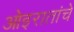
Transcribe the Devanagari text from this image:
ओइरातांचे